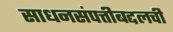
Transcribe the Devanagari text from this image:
साधनसंपत्तीबद्दलची